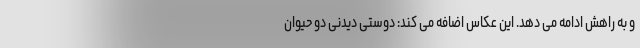
و به راهش ادامه می دهد. این عکاس اضافه می کند: دوستی دیدنی دو حیوان